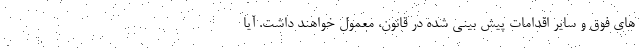
های فوق و سایر اقدامات پیش بینی شده در قانون، معمول خواهند داشت. آیا